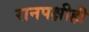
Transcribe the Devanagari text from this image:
रानपक्षीही